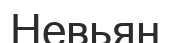
Невьян